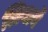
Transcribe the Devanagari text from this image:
लिवायें